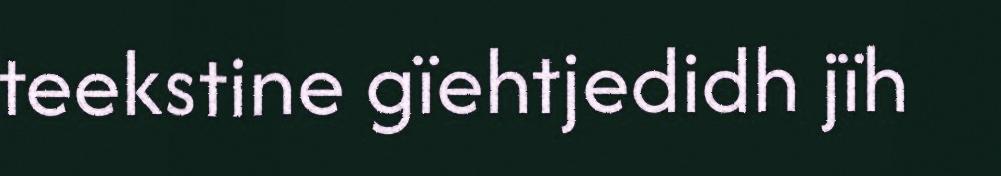
teekstine gïehtjedidh jïh